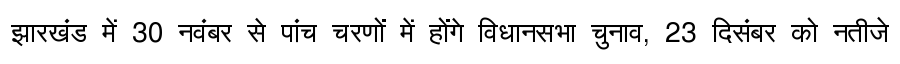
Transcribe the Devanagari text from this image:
झारखंड में 30 नवंबर से पांच चरणों में होंगे विधानसभा चुनाव, 23 दिसंबर को नतीजे